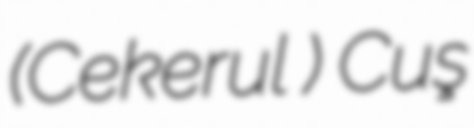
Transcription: (Cekerul ) Cuş